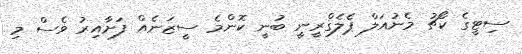
ސިޓީގެ ކޯޗު މެނުއަލް ޕެލެގްރީނީ ބުނީ ކޮންމެ ސީޒަނެއް ފަށާއިރު ވެސް މި